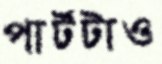
পার্টটাও